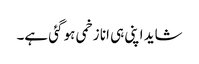
شاید اپنی ہی انا زخمی ہو گئی ہے۔